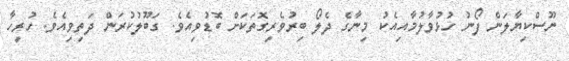
ނޫސްކިޔާލަން ފޯނު ހުޅުވާލުމާއިއެކު މިނާގެ ދެލޯ ބިރުވެރިގޮތަކަށް ބޮޑުވިއެވެ. ގަބޫލުކުރަން ދަތިވިއެވެ. ހުރިހާ